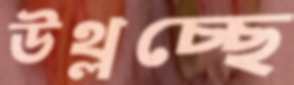
উথ্‌লচ্ছে